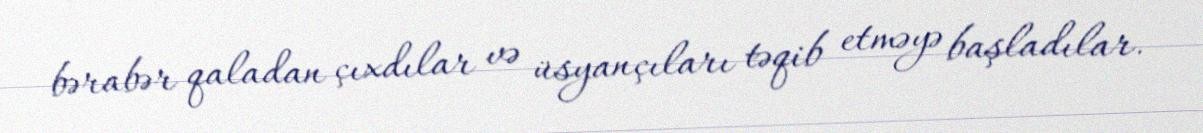
bərabər qaladan çıxdılar və üsyançıları təqib etməyə başladılar.